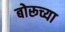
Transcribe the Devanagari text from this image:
बोरूच्या